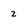
Character: 2